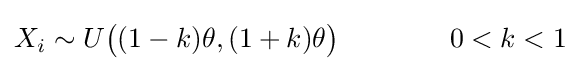
X_{i}\sim U{\big (}(1-k)\theta ,(1+k)\theta {\big )}\qquad \qquad 0<k<1